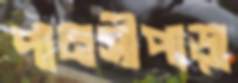
পানসীপাড়া